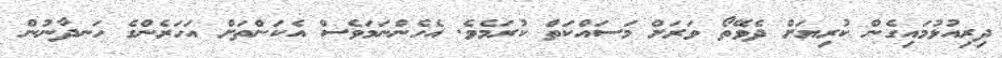
ދިރިއުޅުމައިގެން ކުރިޔަށް ދެވޭތޯ ވަރަށް މަސައްކަތް ކުރަމެވެ. އެހެންނަމަވެސް އެކަންތަށް އަހަރެންގެ ހަނދާނުން